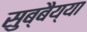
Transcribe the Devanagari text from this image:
सुब्बैय्या